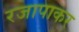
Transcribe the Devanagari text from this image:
रजापाकर